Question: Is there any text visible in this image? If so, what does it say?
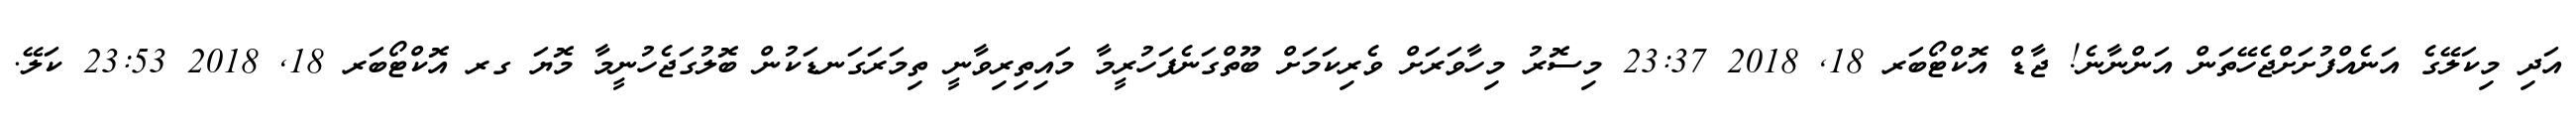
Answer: އަދި މިކަލޭގެ އަނެއްފުށަށްޖެހޭތަން އަންނާނެ! ޖާޑް އޮކްޓޯބަރ 18, 2018 23:37 މިސޮރު މިހާވަރަށް ވެރިކަމަށް ބޫތްގަނެފަހުރީމާ މައިތިރިވާނީ ތިމަރަގަނޑަކުން ބޮލުގަޖެހުނީމާ މޮޔަ ގރ އޮކްޓޯބަރ 18, 2018 23:53 ކަލޭ.